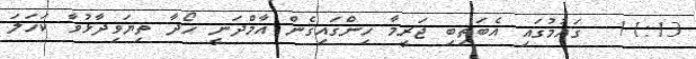
11:13  ގައުމުގައި އެބަތިބި ޖަރީމާ ހިންގައިގެން އާމްދަނީ ހޯދާ ތިޔަވިދާޅުވާ ކަހަލަ